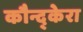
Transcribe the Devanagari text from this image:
कौन्द्केरा